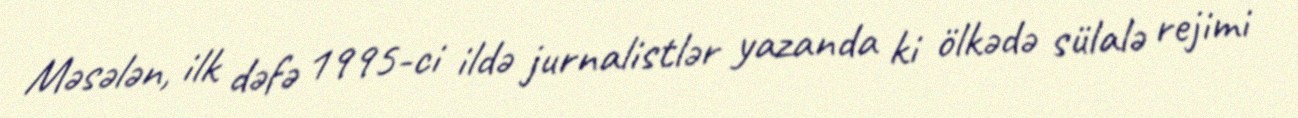
Məsələn, ilk dəfə 1995-ci ildə jurnalistlər yazanda ki ölkədə sülalə rejimi